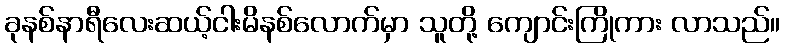
ခုနစ်နာရီလေးဆယ့်ငါးမိနစ်လောက်မှာ သူတို့ ကျောင်းကြိုကား လာသည်။